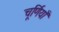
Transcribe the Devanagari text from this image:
चूर्णियाँ